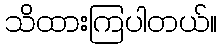
သိထားကြပါတယ်။